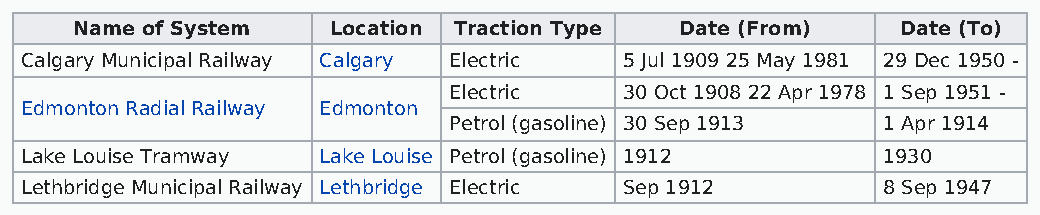
Name of System   Location Traction Type Date (From)    Date (To)
 Calgary Municipal Railway Calgary Electric 5 Jul 1909 25 May 1981 29 Dec 1950 -
 Electric   30 Oct 1908 22 Apr 1978 1 Sep 1951 -
 Edmonton Radial Railway Edmonton
 Petrol (gasoline) 30 Sep 1913 1 Apr 1914
 Lake Louise Tramway Lake Louise Petrol (gasoline) 1912   1930
 Lethbridge Municipal Railway Lethbridge Electric Sep 1912 8 Sep 1947